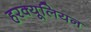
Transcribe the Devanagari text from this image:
हरक्यूलियन